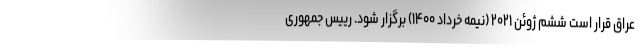
عراق قرار است ششم ژوئن ۲۰۲۱ (نیمه خرداد ۱۴۰۰) برگزار شود. رییس جمهوری